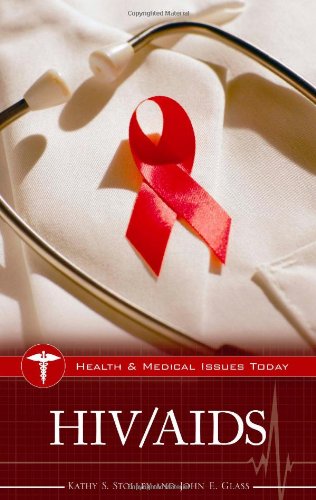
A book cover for HIV/AIDS (Health and Medical Issues Today); John E. Glass Ph.D.; Health, Fitness & Dieting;